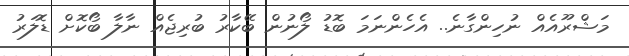
މަޝްރޫއެއް ނުހިންގާނެ.. އެހެންނަމަ ބޮޑު ލޯނުން ބޭކާރު ބުރިޖެއް ނާލާ ބޯކޮށް ޑޮލަރު